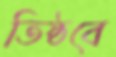
তিষ্ঠবে